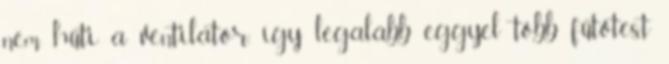
nem hűti a ventilátor, így legalább eggyel több fűtőtest